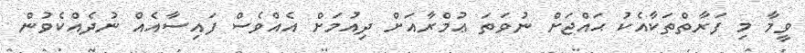
ވީމާ މި ފަރާތްތަކާއެކު ޙައްޖަށް ނުވަތަ ޢުމްރާއަށް ދިއުމަށް އެއްވެސް ފައިސާއެއް ނުދެއްކެވުން